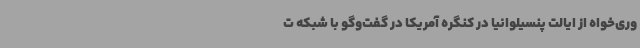
وری‌خواه از ایالت پنسیلوانیا در کنگره آمریکا در گفت‌وگو با شبکه ت